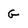
Character: G